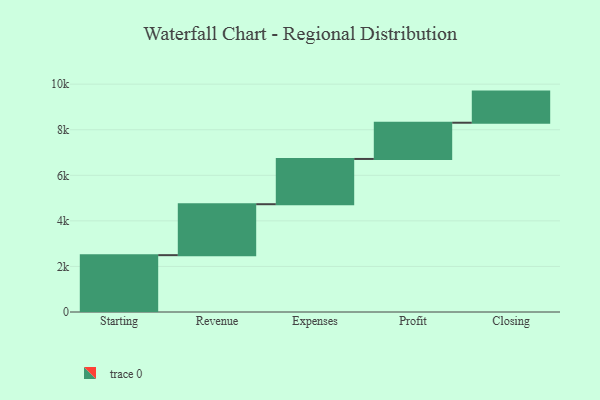
{"axis": {"x": "Step", "y": "Value"}, "legend": [""], "data": [{"x": "Starting", "y": 2495.0, "type": ""}, {"x": "Revenue", "y": 2236.0, "type": ""}, {"x": "Expenses", "y": 1987.0, "type": ""}, {"x": "Profit", "y": 1590.0, "type": ""}, {"x": "Closing", "y": 1366.0, "type": ""}]}